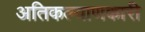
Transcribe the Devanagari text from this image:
अतिकल्याणकारी